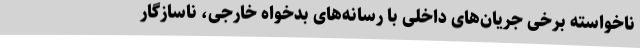
ناخواسته برخی جریان‌های داخلی با رسانه‌های بدخواه خارجی، ناسازگار